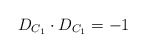
\begin{align*}D_{C_1} \cdot D_{C_1} = -1\end{align*}